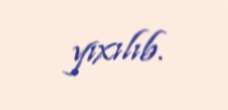
yıxılıb.